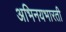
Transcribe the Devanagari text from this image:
अभिनयभारती